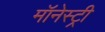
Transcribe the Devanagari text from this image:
मॉनेस्‍ट्री